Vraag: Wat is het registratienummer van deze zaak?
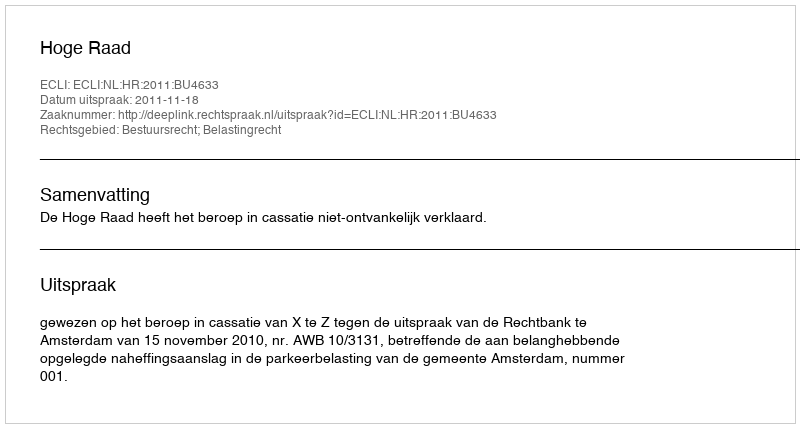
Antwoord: http://deeplink.rechtspraak.nl/uitspraak?id=ECLI:NL:HR:2011:BU4633